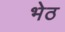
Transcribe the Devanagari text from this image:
भेठ